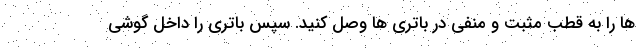
ها را به قطب مثبت و منفی در باتری ها وصل کنید. سپس باتری را داخل گوشی